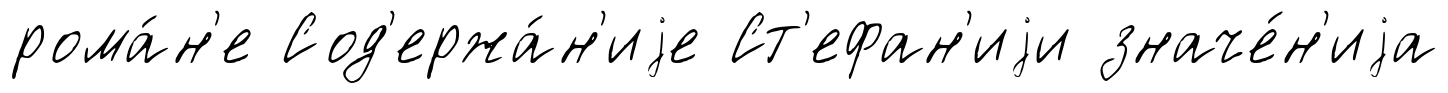
рома́н'е Сод'ержа́н'иjе Ст'ефан'иjи значе́н'иjа